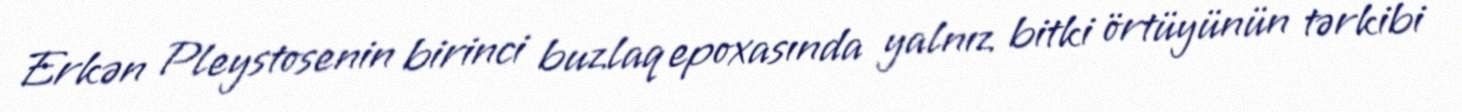
Erkən Pleystosenin birinci buzlaq epoxasında yalnız bitki örtüyünün tərkibi